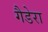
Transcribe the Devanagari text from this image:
गैडेरा